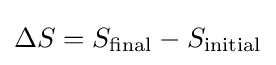
\Delta S=S_{\rm {final}}-S_{\rm {initial}}